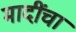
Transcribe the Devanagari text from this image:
मादींचा